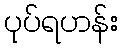
ပုပ်ရဟန်း